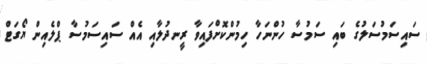
ސައިސަމުސަލުގެ ބައި ސަމުސާ ހުންނަހާ ހިމުންކޮށްފައިވާ ރީނދުލާއި އެއް ސައިސަމުސާ ޕްލެއިން ޔޯގަޓް